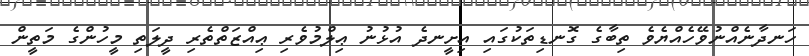
ހަނދާނެއްނުވޭހެއްޔެވެ ތިބާގެ ގޮނޑިތަކުގައި އިށީނދެ އުޅުނު ޢިލްމުވެރި ޢިއްޒަތްތެރި ދީލަތި މީހުންގެ މަތީން